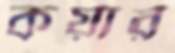
কয়ার